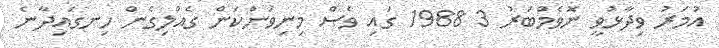
އުމަރު ވިދާޅުވީ ނޮވެމްބަރު 3 1988 ގައި ވެސް މިނިވަންކަން ގެއްލިގެން ހިނގައިދާނެ